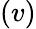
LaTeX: (v)